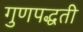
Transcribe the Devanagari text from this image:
गुणपद्धती